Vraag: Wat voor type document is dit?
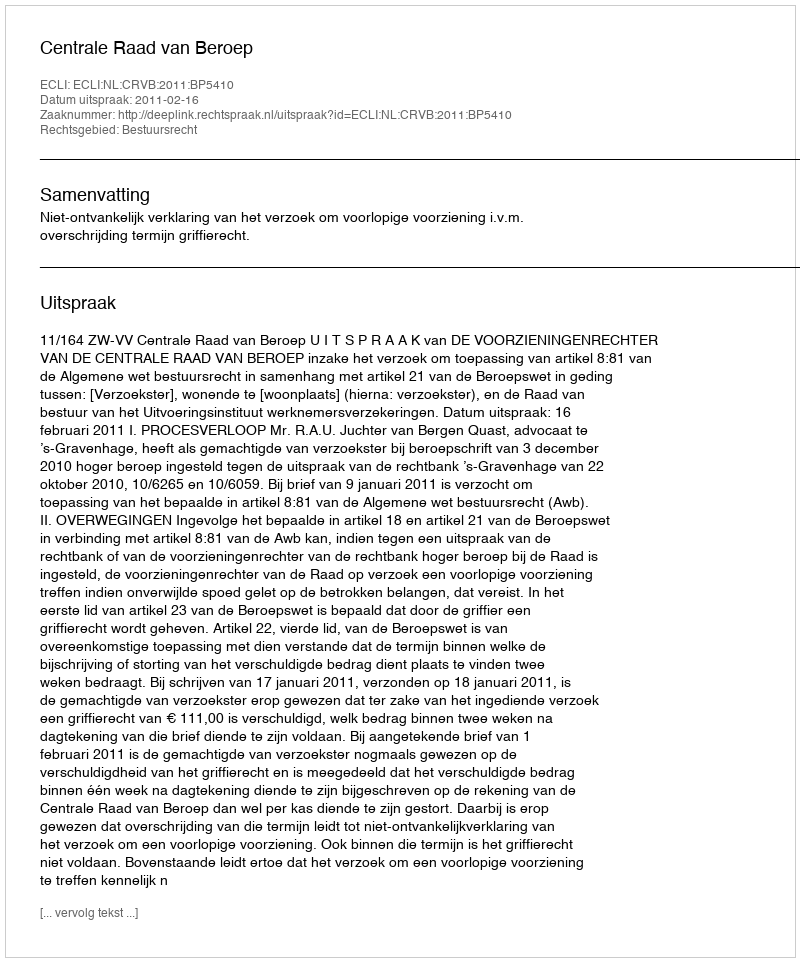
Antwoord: Uitspraak